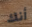
أنك